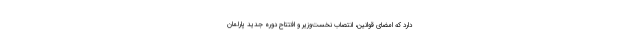
دارد که امضای قوانین، انتصاب نخست‌وزیر و افتتاح دوره جدید پارلمان